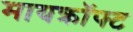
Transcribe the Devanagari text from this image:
मायक्राॅफ्ट